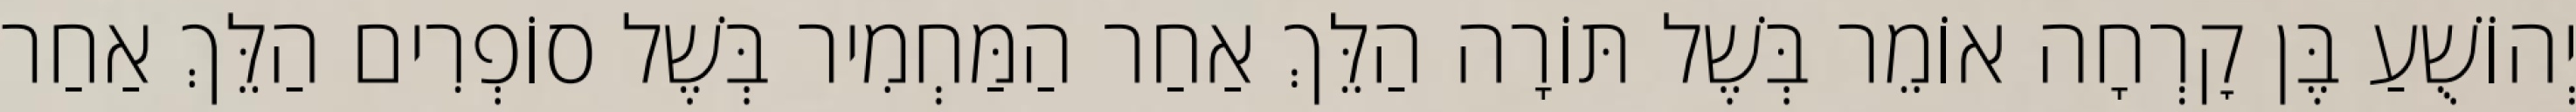
יְהוֹשֻׁעַ בֶּן קׇרְחָה אוֹמֵר בְּשֶׁל תּוֹרָה הַלֵּךְ אַחַר הַמַּחְמִיר בְּשֶׁל סוֹפְרִים הַלֵּךְ אַחַר